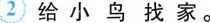
2 给小鸟找家。